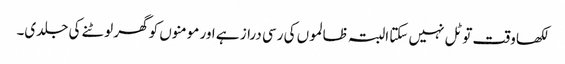
لکھا وقت تو ٹل نہیں سکتا البتہ ظالموں کی رسی دراز ہے اور مومنوں کو گھر لوٹنے کی جلدی۔